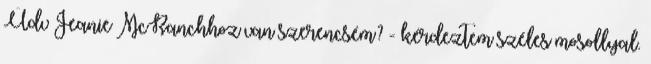
Üdv Jeanie McRanchhoz van szerencsém? - kérdeztem széles mosollyal.